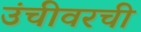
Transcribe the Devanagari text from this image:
उंचीवरची